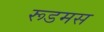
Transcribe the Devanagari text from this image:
रूडमस